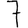
Digit: 7